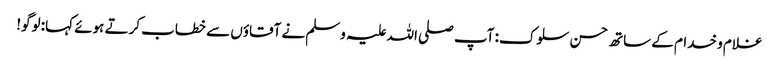
غلام و خدام کے ساتھ حسن سلوک: آپ صلی اللہ علیہ وسلم نے آقاؤں سے خطاب کرتے ہوئے کہا: لوگو!